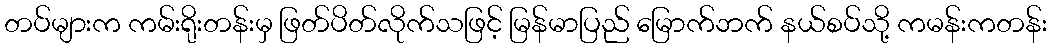
တပ်များက ကမ်းရိုးတန်းမှ ဖြတ်ပိတ်လိုက်သဖြင့် မြန်မာပြည် မြောက်ဘက် နယ်စပ်သို့ ကမန်းကတန်း